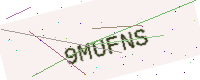
Text: 9MUFNS